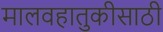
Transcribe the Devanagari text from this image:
मालवहातुकीसाठी